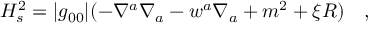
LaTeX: H _ { s } ^ { 2 } = | g _ { 0 0 } | ( - \nabla ^ { a } \nabla _ { a } - w ^ { a } \nabla _ { a } + m ^ { 2 } + \xi R ) ~ ~ ~ ,